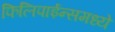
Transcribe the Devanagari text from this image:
फिलिपाईन्समध्ये